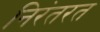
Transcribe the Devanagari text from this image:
निरंतरत